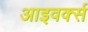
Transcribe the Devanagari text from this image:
आइवर्क्स